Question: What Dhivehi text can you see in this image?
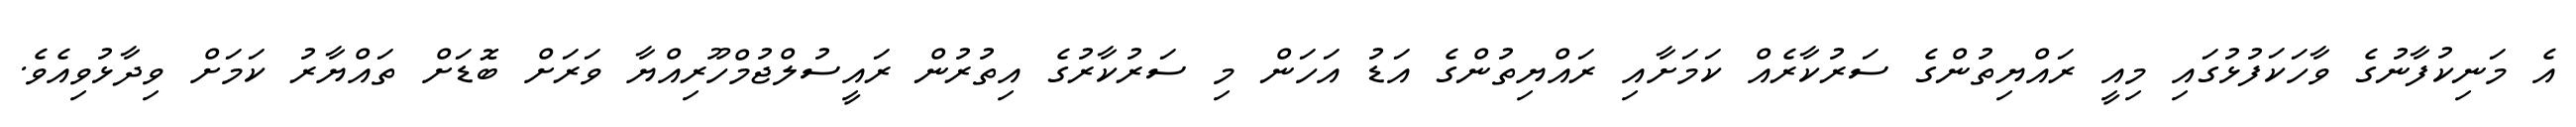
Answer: އެ މަނިކުފާނުގެ ވާހަކަފުޅުގައި މިއީ ރައްޔިތުންގެ ސަރުކާރެއް ކަމަށާއި ރައްޔިތުންގެ އަޑު އަހަން މި ސަރުކާރުގެ އިތުރުން ރައީސުލްޖުމްހޫރިއްޔާ ވަރަށް ބޮޑަށް ތައްޔާރު ކަމަށް ވިދާޅުވިއެވެ.